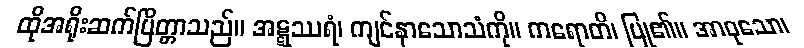
ထိုအရိုးဆက်ပြိတ္တာသည်။ အဋ္ဋဿရံ၊ ကျင်နာသောသံကို။ ကရောတိ၊ ပြု၏။ အာဝုသော၊